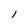
Character: l